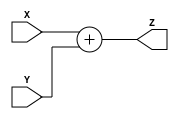
module ADD (Z,X,Y);
input [31:0] X,Y;

output reg [31:0] Z;
always@(*)

        Z = X + Y ; 
	
endmodule